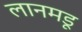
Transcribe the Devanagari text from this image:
लानमडू